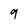
Character: 9